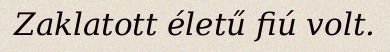
Zaklatott életű fiú volt.